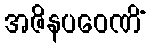
အဇိနပဝေဏိံ